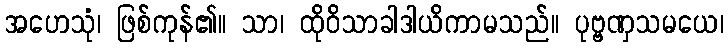
အဟေသုံ၊ ဖြစ်ကုန်၏။ သာ၊ ထိုဝိသာခါဒါယိကာမသည်။ ပုဗ္ဗဏှသမယေ၊